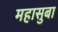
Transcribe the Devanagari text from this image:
महासुबा